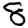
Digit: 8